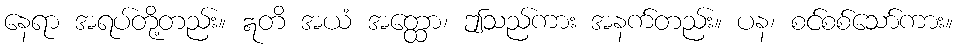
နေရာ အရပ်တို့တည်း။ ဣတိ အယံ အတ္ထော၊ ဤသည်ကား အနက်တည်း။ ပန၊ စင်စစ်သော်ကား။